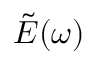
\tilde { E } ( \omega )